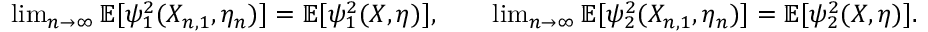
\begin{array} { r } { \operatorname* { l i m } _ { n \rightarrow \infty } \mathbb { E } [ \psi _ { 1 } ^ { 2 } ( X _ { n , 1 } , \eta _ { n } ) ] = \mathbb { E } [ \psi _ { 1 } ^ { 2 } ( X , \eta ) ] , \qquad \operatorname* { l i m } _ { n \rightarrow \infty } \mathbb { E } [ \psi _ { 2 } ^ { 2 } ( X _ { n , 1 } , \eta _ { n } ) ] = \mathbb { E } [ \psi _ { 2 } ^ { 2 } ( X , \eta ) ] . } \end{array}